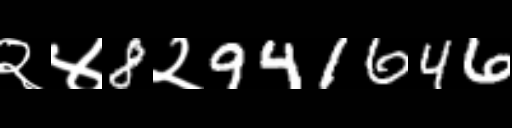
Text: २४8२941646